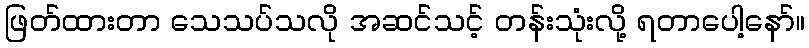
ဖြတ်ထားတာ သေသပ်သလို အဆင်သင့် တန်းသုံးလို့ ရတာပေါ့နော်။